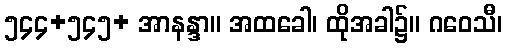
၅၄၄+၅၄၅+ အာနန္ဒာ။ အထခေါ၊ ထိုအခါ၌။ ဂဝေသီ၊